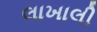
લાખાલી